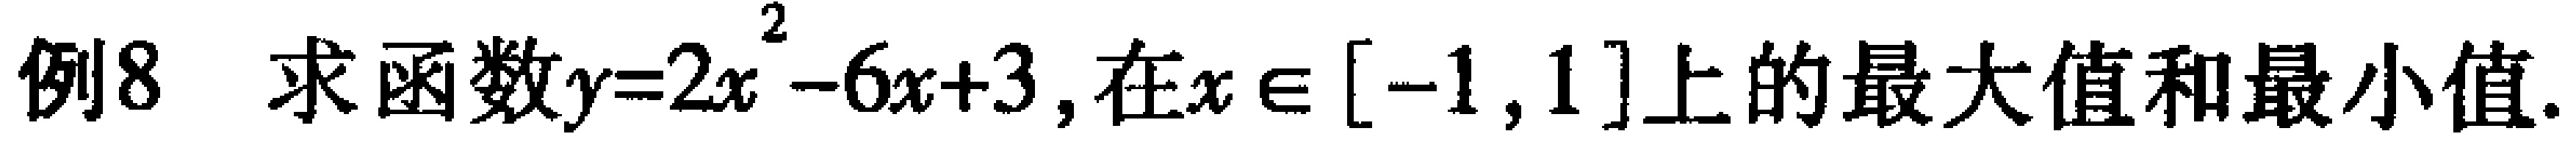
例8 求函数\(y = 2x^{2}-6x + 3\), 在\(x\in[-1,1]\)上的最大值和最小值.